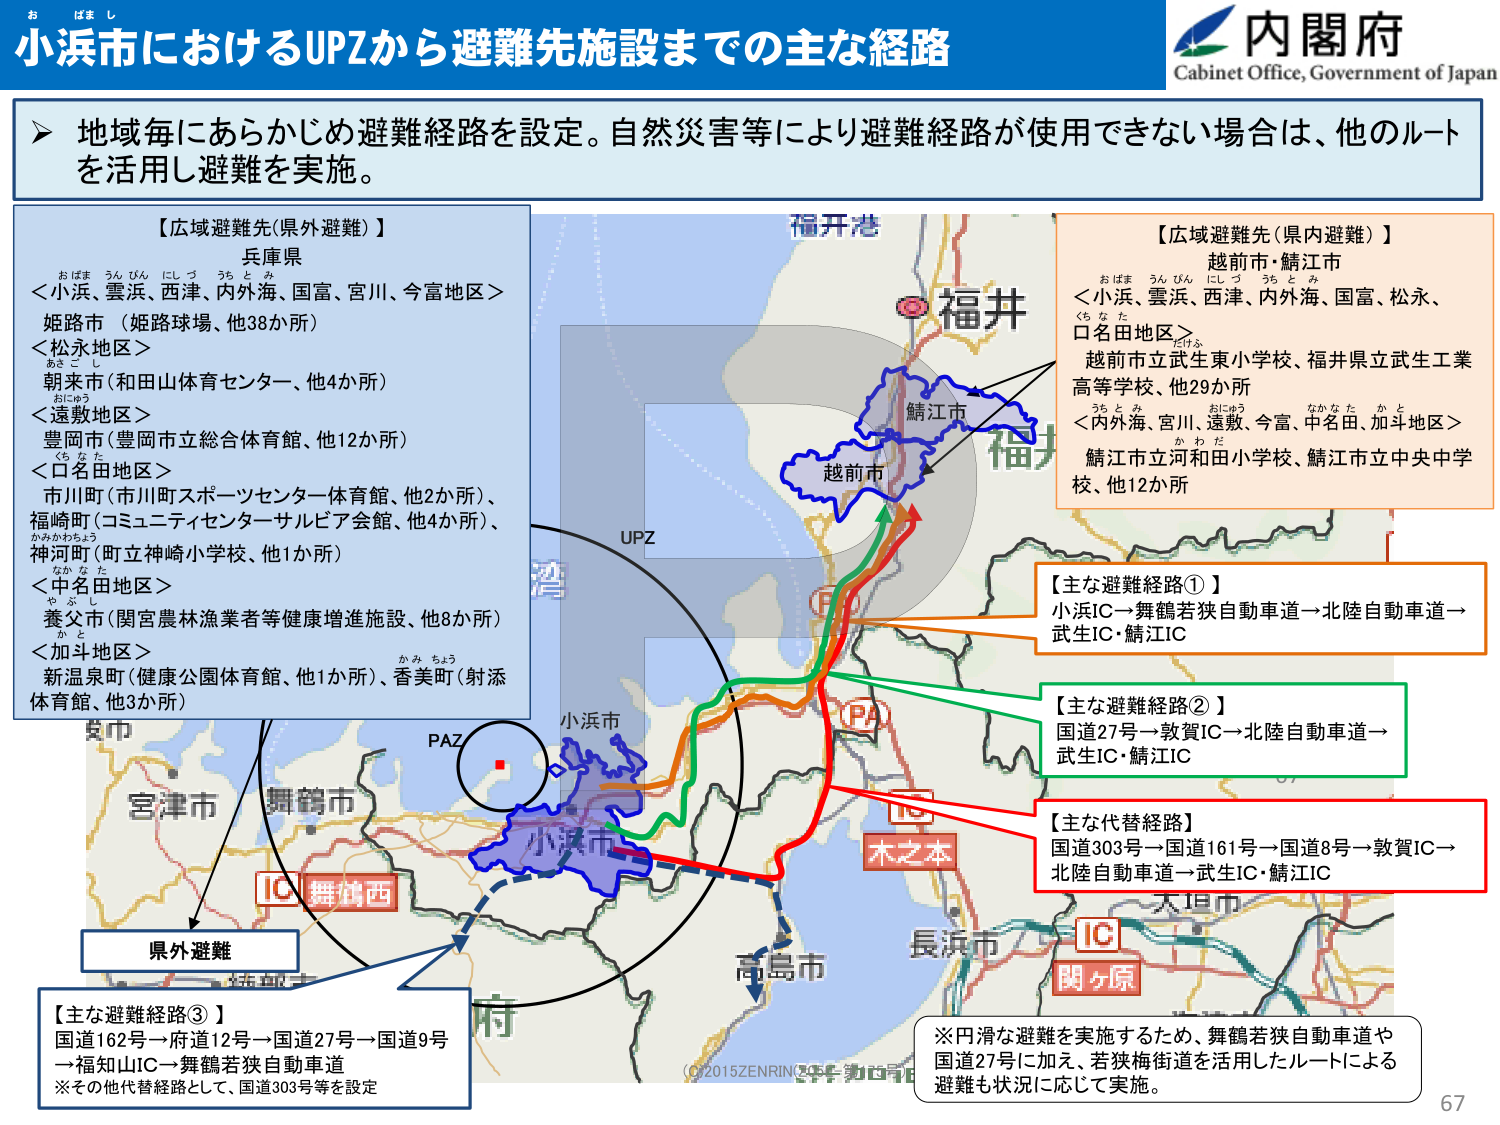
小浜市におけるUPZから避難先施設までの主な経路

内閣府
Cabinet Office, Government of Japan

地域毎にあらかじめ避難経路を設定。自然災害等により避難経路が使用できない場合は、他のルートを活用し避難を実施。

【広域避難先（県外避難）】
兵庫県
＜小浜、雲浜、西洋、内外海、国富、宮川、今富地区＞
姫路市（姫路球場、他38か所）
＜松永地区＞
朝来市（和田山体育センター、他4か所）
＜遠敷地区＞
豊岡市（豊岡市立総合体育館、他12か所）
＜口名田地区＞
市川町（市川町スポーツセンター体育館、他2か所）、
福崎町（コミュニティセンターサルビア会館、他4か所）、
神河町（町立神崎小学校、他1か所）
＜中名田地区＞
養父市（関宮農林漁業者等健康増進施設、他8か所）
＜加斗地区＞
新温泉町（健康公園体育館、他1か所）、香美町（射添体育館、他3か所）

【広域避難先（県内避難）】
越前市・鯖江市
＜小浜、雲浜、西洋、内外海、国富、松永、口名田地区＞
越前市立武生東小学校、福井県立武生工業高等学校、他29か所
＜内外海、宮川、遠敷、今富、中名田、加斗地区＞
鯖江市立河和田小学校、鯖江市立中央中学校、他12か所

【主な避難経路①】
小浜IC→舞鶴若狭自動車道→北陸自動車道→武生IC・鯖江IC

【主な避難経路②】
国道27号→敦賀IC→北陸自動車道→武生IC・鯖江IC

【主な代替経路】
国道303号→国道161号→国道8号→敦賀IC→北陸自動車道→武生IC・鯖江IC

【主な避難経路③】
国道162号→府道12号→国道27号→国道9号→福知山IC→舞鶴若狭自動車道
※その他代替経路として、国道303号等を設定

※円滑な避難を実施するため、舞鶴若狭自動車道や国道27号に加え、若狭梅街道を活用したルートによる避難も状況に応じて実施。

UPZ
PAZ
IC 舞鶴西
IC 木之本
IC 関ヶ原
小浜市
福井
福井港
越前市
鯖江市
宮津市
舞鶴市
高島市
長浜市
大垣市
県外避難

(C)2015 ZENRIN

67